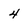
Character: 4